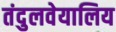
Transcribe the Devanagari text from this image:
तंदुलवेयालिय